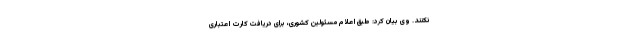
نکنند. وی بیان کرد: طبق اعلام مسئولین کشوری، برای دریافت کارت اعتباری